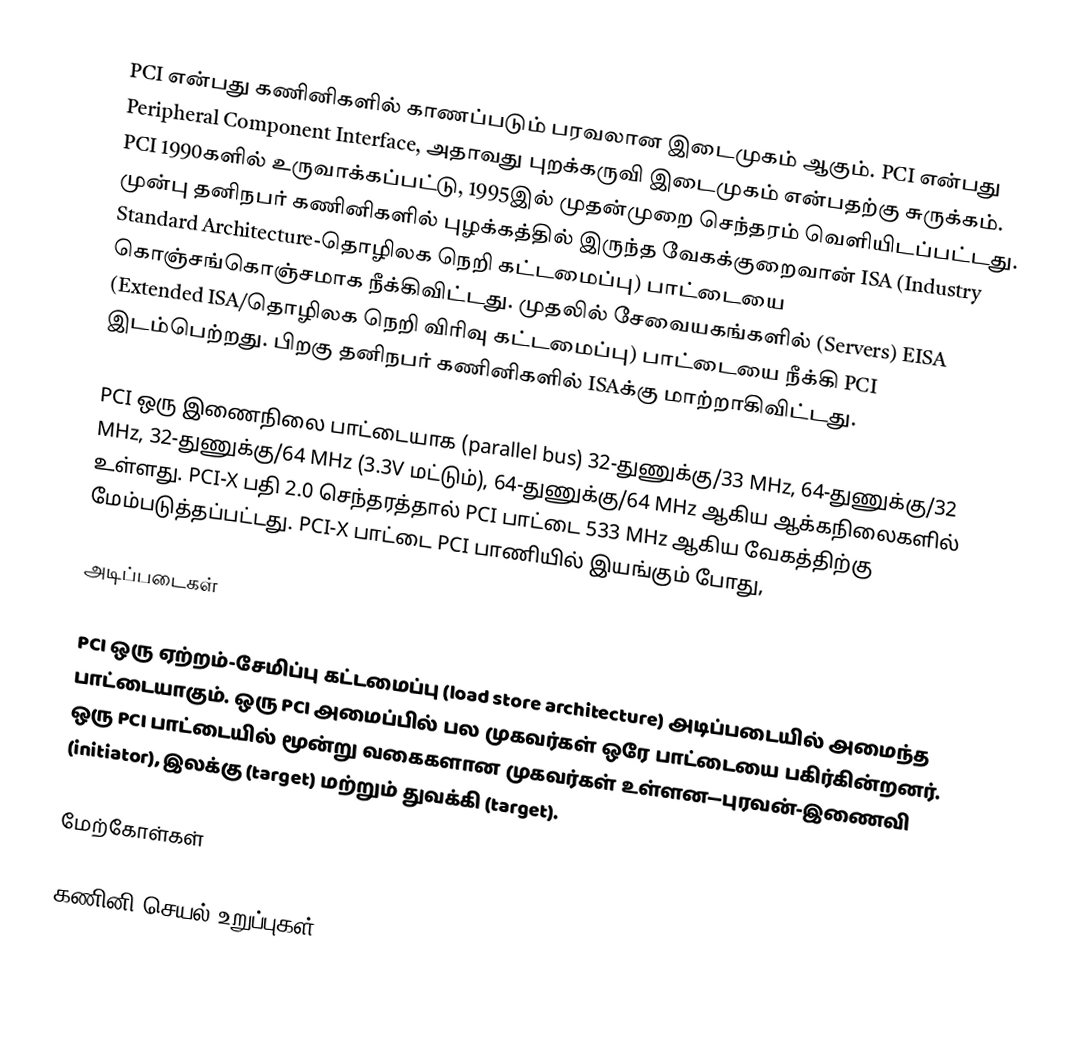
PCI என்பது கணினிகளில் காணப்படும் பரவலான இடைமுகம் ஆகும். PCI என்பது Peripheral Component Interface, அதாவது புறக்கருவி இடைமுகம் என்பதற்கு சுருக்கம். PCI 1990களில் உருவாக்கப்பட்டு, 1995இல் முதன்முறை செந்தரம் வெளியிடப்பட்டது. முன்பு தனிநபர் கணினிகளில் புழக்கத்தில் இருந்த வேகக்குறைவான் ISA (Industry Standard Architecture-தொழிலக நெறி கட்டமைப்பு) பாட்டையை கொஞ்சங்கொஞ்சமாக நீக்கிவிட்டது. முதலில் சேவையகங்களில் (Servers) EISA (Extended ISA/தொழிலக நெறி விரிவு கட்டமைப்பு) பாட்டையை நீக்கி PCI இடம்பெற்றது. பிறகு தனிநபர் கணினிகளில் ISAக்கு மாற்றாகிவிட்டது.

PCI ஒரு இணைநிலை பாட்டையாக (parallel bus) 32-துணுக்கு/33 MHz, 64-துணுக்கு/32 MHz, 32-துணுக்கு/64 MHz (3.3V மட்டும்), 64-துணுக்கு/64 MHz ஆகிய ஆக்கநிலைகளில் உள்ளது. PCI-X பதி 2.0 செந்தரத்தால் PCI பாட்டை 533 MHz  ஆகிய வேகத்திற்கு மேம்படுத்தப்பட்டது. PCI-X பாட்டை PCI பாணியில் இயங்கும் போது,

அடிப்படைகள்

PCI ஒரு ஏற்றம்-சேமிப்பு கட்டமைப்பு (load store architecture) அடிப்படையில் அமைந்த பாட்டையாகும். ஒரு PCI அமைப்பில் பல முகவர்கள் ஒரே பாட்டையை பகிர்கின்றனர். ஒரு PCI பாட்டையில் மூன்று வகைகளான முகவர்கள் உள்ளன—புரவன்-இணைவி (initiator), இலக்கு  (target) மற்றும் துவக்கி (target).

மேற்கோள்கள்

கணினி செயல் உறுப்புகள்